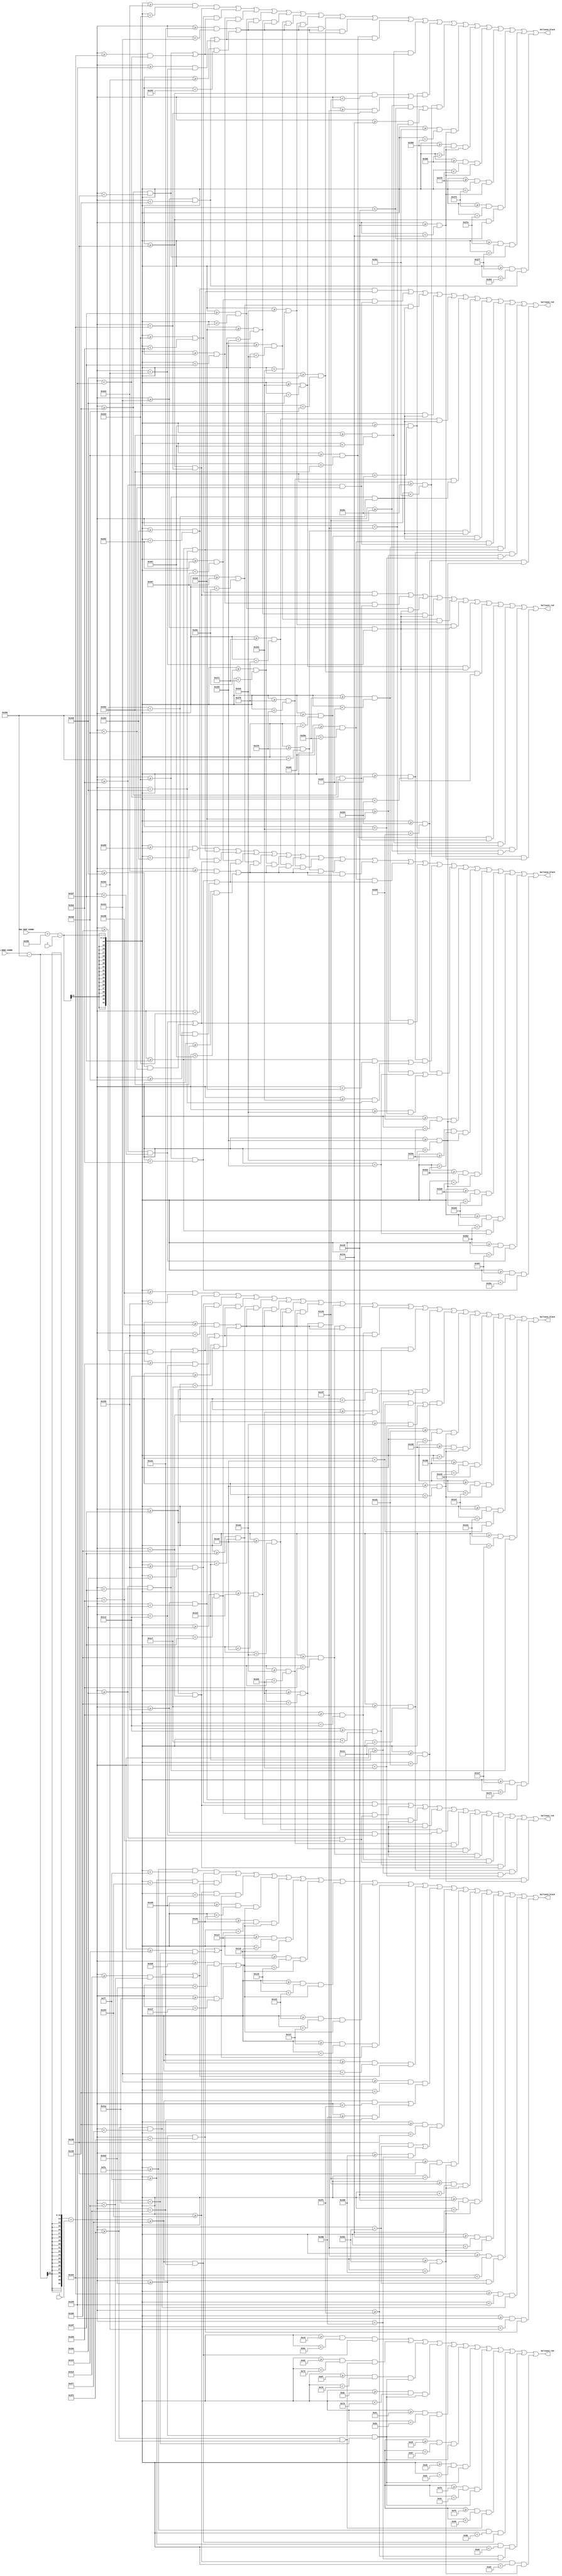
`timescale 1ns / 1ps
//////////////////////////////////////////////////////////////////////////////////
// Company: 
// Engineer: 
// 
// Design Name: 
// Module Name: draw_ballon
// Project Name: 
// Target Devices: 
// Tool Versions: 
// Description: 
// 
// Dependencies: 
// 
// Revision:
// Revision 0.01 - File Created
// Additional Comments:
// 
//////////////////////////////////////////////////////////////////////////////////


module draw_balloon(
    input [11:0] VGA_HORZ_COORD,
    input [11:0] VGA_VERT_COORD,
    input [11:0] i,
    input [11:0] j,
    output balloon1_black,
    output balloon1_red,
    output balloon2_black,
    output balloon2_red,
    output balloon3_black,
    output balloon3_red,
    output balloon4_black,
    output balloon4_red
    );
    
    wire Condition_For_balloon1_black =
    ((VGA_VERT_COORD + 512 - i  >= 400 && VGA_VERT_COORD + 512 - i  < 405) && ((VGA_HORZ_COORD - 640 + j  >= 415 && VGA_HORZ_COORD - 640 + j  < 440))) ||
    ((VGA_VERT_COORD + 512 - i  >= 405 && VGA_VERT_COORD + 512 - i  < 410) && ((VGA_HORZ_COORD - 640 + j  >= 410 && VGA_HORZ_COORD - 640 + j  < 415) || (VGA_HORZ_COORD - 640 + j  >= 440 && VGA_HORZ_COORD - 640 + j  < 445))) ||
    ((VGA_VERT_COORD + 512 - i  >= 410 && VGA_VERT_COORD + 512 - i  < 415) && ((VGA_HORZ_COORD - 640 + j  >= 405 && VGA_HORZ_COORD - 640 + j  < 410) || (VGA_HORZ_COORD - 640 + j  >= 445 && VGA_HORZ_COORD - 640 + j  < 450))) ||
    ((VGA_VERT_COORD + 512 - i  >= 415 && VGA_VERT_COORD + 512 - i  < 420) && ((VGA_HORZ_COORD - 640 + j  >= 400 && VGA_HORZ_COORD - 640 + j  < 405) || (VGA_HORZ_COORD - 640 + j  >= 450 && VGA_HORZ_COORD - 640 + j  < 455))) ||
    ((VGA_VERT_COORD + 512 - i  >= 420 && VGA_VERT_COORD + 512 - i  < 425) && ((VGA_HORZ_COORD - 640 + j  >= 400 && VGA_HORZ_COORD - 640 + j  < 405) || (VGA_HORZ_COORD - 640 + j  >= 450 && VGA_HORZ_COORD - 640 + j  < 455))) ||
    ((VGA_VERT_COORD + 512 - i  >= 425 && VGA_VERT_COORD + 512 - i  < 430) && ((VGA_HORZ_COORD - 640 + j  >= 400 && VGA_HORZ_COORD - 640 + j  < 405) || (VGA_HORZ_COORD - 640 + j  >= 450 && VGA_HORZ_COORD - 640 + j  < 455))) ||
    ((VGA_VERT_COORD + 512 - i  >= 430 && VGA_VERT_COORD + 512 - i  < 435) && ((VGA_HORZ_COORD - 640 + j  >= 400 && VGA_HORZ_COORD - 640 + j  < 405) || (VGA_HORZ_COORD - 640 + j  >= 450 && VGA_HORZ_COORD - 640 + j  < 455))) ||
    ((VGA_VERT_COORD + 512 - i  >= 435 && VGA_VERT_COORD + 512 - i  < 440) && ((VGA_HORZ_COORD - 640 + j  >= 400 && VGA_HORZ_COORD - 640 + j  < 405) || (VGA_HORZ_COORD - 640 + j  >= 450 && VGA_HORZ_COORD - 640 + j  < 455))) ||
    ((VGA_VERT_COORD + 512 - i  >= 440 && VGA_VERT_COORD + 512 - i  < 445) && ((VGA_HORZ_COORD - 640 + j  >= 400 && VGA_HORZ_COORD - 640 + j  < 405) || (VGA_HORZ_COORD - 640 + j  >= 450 && VGA_HORZ_COORD - 640 + j  < 455))) ||
    ((VGA_VERT_COORD + 512 - i  >= 445 && VGA_VERT_COORD + 512 - i  < 450) && ((VGA_HORZ_COORD - 640 + j  >= 405 && VGA_HORZ_COORD - 640 + j  < 410) || (VGA_HORZ_COORD - 640 + j  >= 445 && VGA_HORZ_COORD - 640 + j  < 450))) ||
    ((VGA_VERT_COORD + 512 - i  >= 450 && VGA_VERT_COORD + 512 - i  < 455) && ((VGA_HORZ_COORD - 640 + j  >= 410 && VGA_HORZ_COORD - 640 + j  < 415) || (VGA_HORZ_COORD - 640 + j  >= 440 && VGA_HORZ_COORD - 640 + j  < 445))) ||
    ((VGA_VERT_COORD + 512 - i  >= 455 && VGA_VERT_COORD + 512 - i  < 460) && ((VGA_HORZ_COORD - 640 + j  >= 415 && VGA_HORZ_COORD - 640 + j  < 420) || (VGA_HORZ_COORD - 640 + j  >= 435 && VGA_HORZ_COORD - 640 + j  < 440))) ||
    ((VGA_VERT_COORD + 512 - i  >= 460 && VGA_VERT_COORD + 512 - i  < 465) && ((VGA_HORZ_COORD - 640 + j  >= 420 && VGA_HORZ_COORD - 640 + j  < 425) || (VGA_HORZ_COORD - 640 + j  >= 430 && VGA_HORZ_COORD - 640 + j  < 435))) ||
    ((VGA_VERT_COORD + 512 - i  >= 465 && VGA_VERT_COORD + 512 - i  < 470) && ((VGA_HORZ_COORD - 640 + j  >= 425 && VGA_HORZ_COORD - 640 + j  < 430))) ||
    ((VGA_VERT_COORD + 512 - i  >= 470 && VGA_VERT_COORD + 512 - i  < 475) && ((VGA_HORZ_COORD - 640 + j  >= 425 && VGA_HORZ_COORD - 640 + j  < 430))) ||
    ((VGA_VERT_COORD + 512 - i  >= 475 && VGA_VERT_COORD + 512 - i  < 480) && ((VGA_HORZ_COORD - 640 + j  >= 425 && VGA_HORZ_COORD - 640 + j  < 430))) ||
    ((VGA_VERT_COORD + 512 - i  >= 480 && VGA_VERT_COORD + 512 - i  < 485) && ((VGA_HORZ_COORD - 640 + j  >= 425 && VGA_HORZ_COORD - 640 + j  < 430))) ||
    ((VGA_VERT_COORD + 512 - i  >= 485 && VGA_VERT_COORD + 512 - i  < 490) && ((VGA_HORZ_COORD - 640 + j  >= 415 && VGA_HORZ_COORD - 640 + j  < 425))) ||
    ((VGA_VERT_COORD + 512 - i  >= 490 && VGA_VERT_COORD + 512 - i  < 495) && ((VGA_HORZ_COORD - 640 + j  >= 410 && VGA_HORZ_COORD - 640 + j  < 415))) ||
    ((VGA_VERT_COORD + 512 - i  >= 495 && VGA_VERT_COORD + 512 - i  < 500) && ((VGA_HORZ_COORD - 640 + j  >= 405 && VGA_HORZ_COORD - 640 + j  < 410)));
    
    wire Condition_For_balloon1_red =
    ((VGA_VERT_COORD + 512 - i  >= 405 && VGA_VERT_COORD + 512 - i  < 410) && ((VGA_HORZ_COORD - 640 + j  >= 415 && VGA_HORZ_COORD - 640 + j  < 440))) ||
    ((VGA_VERT_COORD + 512 - i  >= 410 && VGA_VERT_COORD + 512 - i  < 415) && ((VGA_HORZ_COORD - 640 + j  >= 410 && VGA_HORZ_COORD - 640 + j  < 445))) ||
    ((VGA_VERT_COORD + 512 - i  >= 415 && VGA_VERT_COORD + 512 - i  < 420) && ((VGA_HORZ_COORD - 640 + j  >= 405 && VGA_HORZ_COORD - 640 + j  < 450))) ||
    ((VGA_VERT_COORD + 512 - i  >= 420 && VGA_VERT_COORD + 512 - i  < 425) && ((VGA_HORZ_COORD - 640 + j  >= 405 && VGA_HORZ_COORD - 640 + j  < 450))) ||
    ((VGA_VERT_COORD + 512 - i  >= 425 && VGA_VERT_COORD + 512 - i  < 430) && ((VGA_HORZ_COORD - 640 + j  >= 405 && VGA_HORZ_COORD - 640 + j  < 450))) ||
    ((VGA_VERT_COORD + 512 - i  >= 430 && VGA_VERT_COORD + 512 - i  < 435) && ((VGA_HORZ_COORD - 640 + j  >= 405 && VGA_HORZ_COORD - 640 + j  < 450))) ||
    ((VGA_VERT_COORD + 512 - i  >= 435 && VGA_VERT_COORD + 512 - i  < 440) && ((VGA_HORZ_COORD - 640 + j  >= 405 && VGA_HORZ_COORD - 640 + j  < 450))) ||
    ((VGA_VERT_COORD + 512 - i  >= 440 && VGA_VERT_COORD + 512 - i  < 445) && ((VGA_HORZ_COORD - 640 + j  >= 405 && VGA_HORZ_COORD - 640 + j  < 450))) ||
    ((VGA_VERT_COORD + 512 - i  >= 445 && VGA_VERT_COORD + 512 - i  < 450) && ((VGA_HORZ_COORD - 640 + j  >= 410 && VGA_HORZ_COORD - 640 + j  < 445))) ||
    ((VGA_VERT_COORD + 512 - i  >= 450 && VGA_VERT_COORD + 512 - i  < 455) && ((VGA_HORZ_COORD - 640 + j  >= 415 && VGA_HORZ_COORD - 640 + j  < 440))) ||
    ((VGA_VERT_COORD + 512 - i  >= 455 && VGA_VERT_COORD + 512 - i  < 460) && ((VGA_HORZ_COORD - 640 + j  >= 420 && VGA_HORZ_COORD - 640 + j  < 435))) ||
    ((VGA_VERT_COORD + 512 - i  >= 460 && VGA_VERT_COORD + 512 - i  < 465) && ((VGA_HORZ_COORD - 640 + j  >= 425 && VGA_HORZ_COORD - 640 + j  < 430)));
    
    wire Condition_For_balloon2_black =
    ((VGA_VERT_COORD + 512 - i  >= 600 && VGA_VERT_COORD + 512 - i  < 605) && ((VGA_HORZ_COORD - 640 + j  >= 815 && VGA_HORZ_COORD - 640 + j  < 840))) ||
    ((VGA_VERT_COORD + 512 - i  >= 605 && VGA_VERT_COORD + 512 - i  < 610) && ((VGA_HORZ_COORD - 640 + j  >= 810 && VGA_HORZ_COORD - 640 + j  < 815) || (VGA_HORZ_COORD - 640 + j  >= 840 && VGA_HORZ_COORD - 640 + j  < 845))) ||
    ((VGA_VERT_COORD + 512 - i  >= 610 && VGA_VERT_COORD + 512 - i  < 615) && ((VGA_HORZ_COORD - 640 + j  >= 805 && VGA_HORZ_COORD - 640 + j  < 810) || (VGA_HORZ_COORD - 640 + j  >= 845 && VGA_HORZ_COORD - 640 + j  < 850))) ||
    ((VGA_VERT_COORD + 512 - i  >= 615 && VGA_VERT_COORD + 512 - i  < 620) && ((VGA_HORZ_COORD - 640 + j  >= 800 && VGA_HORZ_COORD - 640 + j  < 805) || (VGA_HORZ_COORD - 640 + j  >= 850 && VGA_HORZ_COORD - 640 + j  < 855))) ||
    ((VGA_VERT_COORD + 512 - i  >= 620 && VGA_VERT_COORD + 512 - i  < 625) && ((VGA_HORZ_COORD - 640 + j  >= 800 && VGA_HORZ_COORD - 640 + j  < 805) || (VGA_HORZ_COORD - 640 + j  >= 850 && VGA_HORZ_COORD - 640 + j  < 855))) ||
    ((VGA_VERT_COORD + 512 - i  >= 625 && VGA_VERT_COORD + 512 - i  < 630) && ((VGA_HORZ_COORD - 640 + j  >= 800 && VGA_HORZ_COORD - 640 + j  < 805) || (VGA_HORZ_COORD - 640 + j  >= 850 && VGA_HORZ_COORD - 640 + j  < 855))) ||
    ((VGA_VERT_COORD + 512 - i  >= 630 && VGA_VERT_COORD + 512 - i  < 635) && ((VGA_HORZ_COORD - 640 + j  >= 800 && VGA_HORZ_COORD - 640 + j  < 805) || (VGA_HORZ_COORD - 640 + j  >= 850 && VGA_HORZ_COORD - 640 + j  < 855))) ||
    ((VGA_VERT_COORD + 512 - i  >= 635 && VGA_VERT_COORD + 512 - i  < 640) && ((VGA_HORZ_COORD - 640 + j  >= 800 && VGA_HORZ_COORD - 640 + j  < 805) || (VGA_HORZ_COORD - 640 + j  >= 850 && VGA_HORZ_COORD - 640 + j  < 855))) ||
    ((VGA_VERT_COORD + 512 - i  >= 640 && VGA_VERT_COORD + 512 - i  < 645) && ((VGA_HORZ_COORD - 640 + j  >= 800 && VGA_HORZ_COORD - 640 + j  < 805) || (VGA_HORZ_COORD - 640 + j  >= 850 && VGA_HORZ_COORD - 640 + j  < 855))) ||
    ((VGA_VERT_COORD + 512 - i  >= 645 && VGA_VERT_COORD + 512 - i  < 650) && ((VGA_HORZ_COORD - 640 + j  >= 805 && VGA_HORZ_COORD - 640 + j  < 810) || (VGA_HORZ_COORD - 640 + j  >= 845 && VGA_HORZ_COORD - 640 + j  < 850))) ||
    ((VGA_VERT_COORD + 512 - i  >= 650 && VGA_VERT_COORD + 512 - i  < 655) && ((VGA_HORZ_COORD - 640 + j  >= 810 && VGA_HORZ_COORD - 640 + j  < 815) || (VGA_HORZ_COORD - 640 + j  >= 840 && VGA_HORZ_COORD - 640 + j  < 845))) ||
    ((VGA_VERT_COORD + 512 - i  >= 655 && VGA_VERT_COORD + 512 - i  < 660) && ((VGA_HORZ_COORD - 640 + j  >= 815 && VGA_HORZ_COORD - 640 + j  < 820) || (VGA_HORZ_COORD - 640 + j  >= 835 && VGA_HORZ_COORD - 640 + j  < 840))) ||
    ((VGA_VERT_COORD + 512 - i  >= 660 && VGA_VERT_COORD + 512 - i  < 665) && ((VGA_HORZ_COORD - 640 + j  >= 820 && VGA_HORZ_COORD - 640 + j  < 825) || (VGA_HORZ_COORD - 640 + j  >= 830 && VGA_HORZ_COORD - 640 + j  < 835))) ||
    ((VGA_VERT_COORD + 512 - i  >= 665 && VGA_VERT_COORD + 512 - i  < 670) && ((VGA_HORZ_COORD - 640 + j  >= 825 && VGA_HORZ_COORD - 640 + j  < 830))) ||
    ((VGA_VERT_COORD + 512 - i  >= 670 && VGA_VERT_COORD + 512 - i  < 675) && ((VGA_HORZ_COORD - 640 + j  >= 825 && VGA_HORZ_COORD - 640 + j  < 830))) ||
    ((VGA_VERT_COORD + 512 - i  >= 675 && VGA_VERT_COORD + 512 - i  < 680) && ((VGA_HORZ_COORD - 640 + j  >= 825 && VGA_HORZ_COORD - 640 + j  < 830))) ||
    ((VGA_VERT_COORD + 512 - i  >= 680 && VGA_VERT_COORD + 512 - i  < 685) && ((VGA_HORZ_COORD - 640 + j  >= 825 && VGA_HORZ_COORD - 640 + j  < 830))) ||
    ((VGA_VERT_COORD + 512 - i  >= 685 && VGA_VERT_COORD + 512 - i  < 690) && ((VGA_HORZ_COORD - 640 + j  >= 815 && VGA_HORZ_COORD - 640 + j  < 825))) ||
    ((VGA_VERT_COORD + 512 - i  >= 690 && VGA_VERT_COORD + 512 - i  < 695) && ((VGA_HORZ_COORD - 640 + j  >= 810 && VGA_HORZ_COORD - 640 + j  < 815))) ||
    ((VGA_VERT_COORD + 512 - i  >= 695 && VGA_VERT_COORD + 512 - i  < 700) && ((VGA_HORZ_COORD - 640 + j  >= 805 && VGA_HORZ_COORD - 640 + j  < 810)));
    
    wire Condition_For_balloon2_red =
    ((VGA_VERT_COORD + 512 - i  >= 605 && VGA_VERT_COORD + 512 - i  < 610) && ((VGA_HORZ_COORD - 640 + j  >= 815 && VGA_HORZ_COORD - 640 + j  < 840))) ||
    ((VGA_VERT_COORD + 512 - i  >= 610 && VGA_VERT_COORD + 512 - i  < 615) && ((VGA_HORZ_COORD - 640 + j  >= 810 && VGA_HORZ_COORD - 640 + j  < 845))) ||
    ((VGA_VERT_COORD + 512 - i  >= 615 && VGA_VERT_COORD + 512 - i  < 620) && ((VGA_HORZ_COORD - 640 + j  >= 805 && VGA_HORZ_COORD - 640 + j  < 850))) ||
    ((VGA_VERT_COORD + 512 - i  >= 620 && VGA_VERT_COORD + 512 - i  < 625) && ((VGA_HORZ_COORD - 640 + j  >= 805 && VGA_HORZ_COORD - 640 + j  < 850))) ||
    ((VGA_VERT_COORD + 512 - i  >= 625 && VGA_VERT_COORD + 512 - i  < 630) && ((VGA_HORZ_COORD - 640 + j  >= 805 && VGA_HORZ_COORD - 640 + j  < 850))) ||
    ((VGA_VERT_COORD + 512 - i  >= 630 && VGA_VERT_COORD + 512 - i  < 635) && ((VGA_HORZ_COORD - 640 + j  >= 805 && VGA_HORZ_COORD - 640 + j  < 850))) ||
    ((VGA_VERT_COORD + 512 - i  >= 635 && VGA_VERT_COORD + 512 - i  < 640) && ((VGA_HORZ_COORD - 640 + j  >= 805 && VGA_HORZ_COORD - 640 + j  < 850))) ||
    ((VGA_VERT_COORD + 512 - i  >= 640 && VGA_VERT_COORD + 512 - i  < 645) && ((VGA_HORZ_COORD - 640 + j  >= 805 && VGA_HORZ_COORD - 640 + j  < 850))) ||
    ((VGA_VERT_COORD + 512 - i  >= 645 && VGA_VERT_COORD + 512 - i  < 650) && ((VGA_HORZ_COORD - 640 + j  >= 810 && VGA_HORZ_COORD - 640 + j  < 845))) ||
    ((VGA_VERT_COORD + 512 - i  >= 650 && VGA_VERT_COORD + 512 - i  < 655) && ((VGA_HORZ_COORD - 640 + j  >= 815 && VGA_HORZ_COORD - 640 + j  < 840))) ||
    ((VGA_VERT_COORD + 512 - i  >= 655 && VGA_VERT_COORD + 512 - i  < 660) && ((VGA_HORZ_COORD - 640 + j  >= 820 && VGA_HORZ_COORD - 640 + j  < 835))) ||
    ((VGA_VERT_COORD + 512 - i  >= 660 && VGA_VERT_COORD + 512 - i  < 665) && ((VGA_HORZ_COORD - 640 + j  >= 825 && VGA_HORZ_COORD - 640 + j  < 830)));
    
    
    wire Condition_For_balloon3_black =
    ((VGA_VERT_COORD + 512 - i >= 250 && VGA_VERT_COORD + 512 - i < 255) && ((VGA_HORZ_COORD - 640 + j >= 1015 && VGA_HORZ_COORD - 640 + j < 1040))) ||
    ((VGA_VERT_COORD + 512 - i >= 255 && VGA_VERT_COORD + 512 - i < 260) && ((VGA_HORZ_COORD - 640 + j >= 1010 && VGA_HORZ_COORD - 640 + j < 1015) || (VGA_HORZ_COORD - 640 + j >= 1040 && VGA_HORZ_COORD - 640 + j < 1045))) ||
    ((VGA_VERT_COORD + 512 - i >= 260 && VGA_VERT_COORD + 512 - i < 265) && ((VGA_HORZ_COORD - 640 + j >= 1005 && VGA_HORZ_COORD - 640 + j < 1010) || (VGA_HORZ_COORD - 640 + j >= 1045 && VGA_HORZ_COORD - 640 + j < 1050))) ||
    ((VGA_VERT_COORD + 512 - i >= 265 && VGA_VERT_COORD + 512 - i < 270) && ((VGA_HORZ_COORD - 640 + j >= 1000 && VGA_HORZ_COORD - 640 + j < 1005) || (VGA_HORZ_COORD - 640 + j >= 1050 && VGA_HORZ_COORD - 640 + j < 1055))) ||
    ((VGA_VERT_COORD + 512 - i >= 270 && VGA_VERT_COORD + 512 - i < 275) && ((VGA_HORZ_COORD - 640 + j >= 1000 && VGA_HORZ_COORD - 640 + j < 1005) || (VGA_HORZ_COORD - 640 + j >= 1050 && VGA_HORZ_COORD - 640 + j < 1055))) ||
    ((VGA_VERT_COORD + 512 - i >= 275 && VGA_VERT_COORD + 512 - i < 280) && ((VGA_HORZ_COORD - 640 + j >= 1000 && VGA_HORZ_COORD - 640 + j < 1005) || (VGA_HORZ_COORD - 640 + j >= 1050 && VGA_HORZ_COORD - 640 + j < 1055))) ||
    ((VGA_VERT_COORD + 512 - i >= 280 && VGA_VERT_COORD + 512 - i < 285) && ((VGA_HORZ_COORD - 640 + j >= 1000 && VGA_HORZ_COORD - 640 + j < 1005) || (VGA_HORZ_COORD - 640 + j >= 1050 && VGA_HORZ_COORD - 640 + j < 1055))) ||
    ((VGA_VERT_COORD + 512 - i >= 285 && VGA_VERT_COORD + 512 - i < 290) && ((VGA_HORZ_COORD - 640 + j >= 1000 && VGA_HORZ_COORD - 640 + j < 1005) || (VGA_HORZ_COORD - 640 + j >= 1050 && VGA_HORZ_COORD - 640 + j < 1055))) ||
    ((VGA_VERT_COORD + 512 - i >= 290 && VGA_VERT_COORD + 512 - i < 295) && ((VGA_HORZ_COORD - 640 + j >= 1000 && VGA_HORZ_COORD - 640 + j < 1005) || (VGA_HORZ_COORD - 640 + j >= 1050 && VGA_HORZ_COORD - 640 + j < 1055))) ||
    ((VGA_VERT_COORD + 512 - i >= 295 && VGA_VERT_COORD + 512 - i < 300) && ((VGA_HORZ_COORD - 640 + j >= 1005 && VGA_HORZ_COORD - 640 + j < 1010) || (VGA_HORZ_COORD - 640 + j >= 1045 && VGA_HORZ_COORD - 640 + j < 1050))) ||
    ((VGA_VERT_COORD + 512 - i >= 300 && VGA_VERT_COORD + 512 - i < 305) && ((VGA_HORZ_COORD - 640 + j >= 1010 && VGA_HORZ_COORD - 640 + j < 1015) || (VGA_HORZ_COORD - 640 + j >= 1040 && VGA_HORZ_COORD - 640 + j < 1045))) ||
    ((VGA_VERT_COORD + 512 - i >= 305 && VGA_VERT_COORD + 512 - i < 310) && ((VGA_HORZ_COORD - 640 + j >= 1015 && VGA_HORZ_COORD - 640 + j < 1020) || (VGA_HORZ_COORD - 640 + j >= 1035 && VGA_HORZ_COORD - 640 + j < 1040))) ||
    ((VGA_VERT_COORD + 512 - i >= 310 && VGA_VERT_COORD + 512 - i < 315) && ((VGA_HORZ_COORD - 640 + j >= 1020 && VGA_HORZ_COORD - 640 + j < 1025) || (VGA_HORZ_COORD - 640 + j >= 1030 && VGA_HORZ_COORD - 640 + j < 1035))) ||
    ((VGA_VERT_COORD + 512 - i >= 315 && VGA_VERT_COORD + 512 - i < 320) && ((VGA_HORZ_COORD - 640 + j >= 1025 && VGA_HORZ_COORD - 640 + j < 1030))) ||
    ((VGA_VERT_COORD + 512 - i >= 320 && VGA_VERT_COORD + 512 - i < 325) && ((VGA_HORZ_COORD - 640 + j >= 1025 && VGA_HORZ_COORD - 640 + j < 1030))) ||
    ((VGA_VERT_COORD + 512 - i >= 325 && VGA_VERT_COORD + 512 - i < 330) && ((VGA_HORZ_COORD - 640 + j >= 1025 && VGA_HORZ_COORD - 640 + j < 1030))) ||
    ((VGA_VERT_COORD + 512 - i >= 330 && VGA_VERT_COORD + 512 - i < 335) && ((VGA_HORZ_COORD - 640 + j >= 1025 && VGA_HORZ_COORD - 640 + j < 1030))) ||
    ((VGA_VERT_COORD + 512 - i >= 335 && VGA_VERT_COORD + 512 - i < 340) && ((VGA_HORZ_COORD - 640 + j >= 1015 && VGA_HORZ_COORD - 640 + j < 1025))) ||
    ((VGA_VERT_COORD + 512 - i >= 340 && VGA_VERT_COORD + 512 - i < 345) && ((VGA_HORZ_COORD - 640 + j >= 1010 && VGA_HORZ_COORD - 640 + j < 1015))) ||
    ((VGA_VERT_COORD + 512 - i >= 345 && VGA_VERT_COORD + 512 - i < 350) && ((VGA_HORZ_COORD - 640 + j >= 1005 && VGA_HORZ_COORD - 640 + j < 1010)));
    
    wire Condition_For_balloon3_red =
    ((VGA_VERT_COORD + 512 - i >= 205 && VGA_VERT_COORD + 512 - i < 110) && ((VGA_HORZ_COORD - 640 + j >= 1015 && VGA_HORZ_COORD - 640 + j < 1040))) ||
    ((VGA_VERT_COORD + 512 - i >= 210 && VGA_VERT_COORD + 512 - i < 115) && ((VGA_HORZ_COORD - 640 + j >= 1010 && VGA_HORZ_COORD - 640 + j < 1045))) ||
    ((VGA_VERT_COORD + 512 - i >= 215 && VGA_VERT_COORD + 512 - i < 120) && ((VGA_HORZ_COORD - 640 + j >= 1005 && VGA_HORZ_COORD - 640 + j < 1050))) ||
    ((VGA_VERT_COORD + 512 - i >= 220 && VGA_VERT_COORD + 512 - i < 125) && ((VGA_HORZ_COORD - 640 + j >= 1005 && VGA_HORZ_COORD - 640 + j < 1050))) ||
    ((VGA_VERT_COORD + 512 - i >= 225 && VGA_VERT_COORD + 512 - i < 130) && ((VGA_HORZ_COORD - 640 + j >= 1005 && VGA_HORZ_COORD - 640 + j < 1050))) ||
    ((VGA_VERT_COORD + 512 - i >= 230 && VGA_VERT_COORD + 512 - i < 135) && ((VGA_HORZ_COORD - 640 + j >= 1005 && VGA_HORZ_COORD - 640 + j < 1050))) ||
    ((VGA_VERT_COORD + 512 - i >= 235 && VGA_VERT_COORD + 512 - i < 140) && ((VGA_HORZ_COORD - 640 + j >= 1005 && VGA_HORZ_COORD - 640 + j < 1050))) ||
    ((VGA_VERT_COORD + 512 - i >= 240 && VGA_VERT_COORD + 512 - i < 145) && ((VGA_HORZ_COORD - 640 + j >= 1005 && VGA_HORZ_COORD - 640 + j < 1050))) ||
    ((VGA_VERT_COORD + 512 - i >= 245 && VGA_VERT_COORD + 512 - i < 150) && ((VGA_HORZ_COORD - 640 + j >= 1010 && VGA_HORZ_COORD - 640 + j < 1045))) ||
    ((VGA_VERT_COORD + 512 - i >= 250 && VGA_VERT_COORD + 512 - i < 155) && ((VGA_HORZ_COORD - 640 + j >= 1015 && VGA_HORZ_COORD - 640 + j < 1040))) ||
    ((VGA_VERT_COORD + 512 - i >= 255 && VGA_VERT_COORD + 512 - i < 160) && ((VGA_HORZ_COORD - 640 + j >= 1020 && VGA_HORZ_COORD - 640 + j < 1035))) ||
    ((VGA_VERT_COORD + 512 - i >= 260 && VGA_VERT_COORD + 512 - i < 165) && ((VGA_HORZ_COORD - 640 + j >= 1025 && VGA_HORZ_COORD - 640 + j < 1030)));
    
    wire Condition_For_balloon4_black =
    ((VGA_VERT_COORD + 512 - i >= 800 && VGA_VERT_COORD + 512 - i < 805) && ((VGA_HORZ_COORD - 640 + j >= 315 && VGA_HORZ_COORD - 640 + j < 340))) ||
    ((VGA_VERT_COORD + 512 - i >= 805 && VGA_VERT_COORD + 512 - i < 810) && ((VGA_HORZ_COORD - 640 + j >= 310 && VGA_HORZ_COORD - 640 + j < 315) || (VGA_HORZ_COORD - 640 + j >= 340 && VGA_HORZ_COORD - 640 + j < 345))) ||
    ((VGA_VERT_COORD + 512 - i >= 810 && VGA_VERT_COORD + 512 - i < 815) && ((VGA_HORZ_COORD - 640 + j >= 305 && VGA_HORZ_COORD - 640 + j < 310) || (VGA_HORZ_COORD - 640 + j >= 345 && VGA_HORZ_COORD - 640 + j < 350))) ||
    ((VGA_VERT_COORD + 512 - i >= 815 && VGA_VERT_COORD + 512 - i < 820) && ((VGA_HORZ_COORD - 640 + j >= 300 && VGA_HORZ_COORD - 640 + j < 305) || (VGA_HORZ_COORD - 640 + j >= 350 && VGA_HORZ_COORD - 640 + j < 355))) ||
    ((VGA_VERT_COORD + 512 - i >= 820 && VGA_VERT_COORD + 512 - i < 825) && ((VGA_HORZ_COORD - 640 + j >= 300 && VGA_HORZ_COORD - 640 + j < 305) || (VGA_HORZ_COORD - 640 + j >= 350 && VGA_HORZ_COORD - 640 + j < 355))) ||
    ((VGA_VERT_COORD + 512 - i >= 825 && VGA_VERT_COORD + 512 - i < 830) && ((VGA_HORZ_COORD - 640 + j >= 300 && VGA_HORZ_COORD - 640 + j < 305) || (VGA_HORZ_COORD - 640 + j >= 350 && VGA_HORZ_COORD - 640 + j < 355))) ||
    ((VGA_VERT_COORD + 512 - i >= 830 && VGA_VERT_COORD + 512 - i < 835) && ((VGA_HORZ_COORD - 640 + j >= 300 && VGA_HORZ_COORD - 640 + j < 305) || (VGA_HORZ_COORD - 640 + j >= 350 && VGA_HORZ_COORD - 640 + j < 355))) ||
    ((VGA_VERT_COORD + 512 - i >= 835 && VGA_VERT_COORD + 512 - i < 840) && ((VGA_HORZ_COORD - 640 + j >= 300 && VGA_HORZ_COORD - 640 + j < 305) || (VGA_HORZ_COORD - 640 + j >= 350 && VGA_HORZ_COORD - 640 + j < 355))) ||
    ((VGA_VERT_COORD + 512 - i >= 840 && VGA_VERT_COORD + 512 - i < 845) && ((VGA_HORZ_COORD - 640 + j >= 300 && VGA_HORZ_COORD - 640 + j < 305) || (VGA_HORZ_COORD - 640 + j >= 350 && VGA_HORZ_COORD - 640 + j < 355))) ||
    ((VGA_VERT_COORD + 512 - i >= 845 && VGA_VERT_COORD + 512 - i < 850) && ((VGA_HORZ_COORD - 640 + j >= 305 && VGA_HORZ_COORD - 640 + j < 310) || (VGA_HORZ_COORD - 640 + j >= 345 && VGA_HORZ_COORD - 640 + j < 350))) ||
    ((VGA_VERT_COORD + 512 - i >= 850 && VGA_VERT_COORD + 512 - i < 855) && ((VGA_HORZ_COORD - 640 + j >= 310 && VGA_HORZ_COORD - 640 + j < 315) || (VGA_HORZ_COORD - 640 + j >= 340 && VGA_HORZ_COORD - 640 + j < 345))) ||
    ((VGA_VERT_COORD + 512 - i >= 855 && VGA_VERT_COORD + 512 - i < 860) && ((VGA_HORZ_COORD - 640 + j >= 315 && VGA_HORZ_COORD - 640 + j < 320) || (VGA_HORZ_COORD - 640 + j >= 335 && VGA_HORZ_COORD - 640 + j < 340))) ||
    ((VGA_VERT_COORD + 512 - i >= 860 && VGA_VERT_COORD + 512 - i < 865) && ((VGA_HORZ_COORD - 640 + j >= 320 && VGA_HORZ_COORD - 640 + j < 325) || (VGA_HORZ_COORD - 640 + j >= 330 && VGA_HORZ_COORD - 640 + j < 335))) ||
    ((VGA_VERT_COORD + 512 - i >= 865 && VGA_VERT_COORD + 512 - i < 870) && ((VGA_HORZ_COORD - 640 + j >= 325 && VGA_HORZ_COORD - 640 + j < 330))) ||
    ((VGA_VERT_COORD + 512 - i >= 870 && VGA_VERT_COORD + 512 - i < 875) && ((VGA_HORZ_COORD - 640 + j >= 325 && VGA_HORZ_COORD - 640 + j < 330))) ||
    ((VGA_VERT_COORD + 512 - i >= 875 && VGA_VERT_COORD + 512 - i < 880) && ((VGA_HORZ_COORD - 640 + j >= 325 && VGA_HORZ_COORD - 640 + j < 330))) ||
    ((VGA_VERT_COORD + 512 - i >= 880 && VGA_VERT_COORD + 512 - i < 885) && ((VGA_HORZ_COORD - 640 + j >= 325 && VGA_HORZ_COORD - 640 + j < 330))) ||
    ((VGA_VERT_COORD + 512 - i >= 885 && VGA_VERT_COORD + 512 - i < 890) && ((VGA_HORZ_COORD - 640 + j >= 315 && VGA_HORZ_COORD - 640 + j < 325))) ||
    ((VGA_VERT_COORD + 512 - i >= 890 && VGA_VERT_COORD + 512 - i < 895) && ((VGA_HORZ_COORD - 640 + j >= 310 && VGA_HORZ_COORD - 640 + j < 315))) ||
    ((VGA_VERT_COORD + 512 - i >= 895 && VGA_VERT_COORD + 512 - i < 900) && ((VGA_HORZ_COORD - 640 + j >= 305 && VGA_HORZ_COORD - 640 + j < 310)));
    
    wire Condition_For_balloon4_red =
    ((VGA_VERT_COORD + 512 - i >= 805 && VGA_VERT_COORD + 512 - i < 810) && ((VGA_HORZ_COORD - 640 + j >= 315 && VGA_HORZ_COORD - 640 + j < 340))) ||
    ((VGA_VERT_COORD + 512 - i >= 810 && VGA_VERT_COORD + 512 - i < 815) && ((VGA_HORZ_COORD - 640 + j >= 310 && VGA_HORZ_COORD - 640 + j < 345))) ||
    ((VGA_VERT_COORD + 512 - i >= 815 && VGA_VERT_COORD + 512 - i < 820) && ((VGA_HORZ_COORD - 640 + j >= 305 && VGA_HORZ_COORD - 640 + j < 350))) ||
    ((VGA_VERT_COORD + 512 - i >= 820 && VGA_VERT_COORD + 512 - i < 825) && ((VGA_HORZ_COORD - 640 + j >= 305 && VGA_HORZ_COORD - 640 + j < 350))) ||
    ((VGA_VERT_COORD + 512 - i >= 825 && VGA_VERT_COORD + 512 - i < 830) && ((VGA_HORZ_COORD - 640 + j >= 305 && VGA_HORZ_COORD - 640 + j < 350))) ||
    ((VGA_VERT_COORD + 512 - i >= 830 && VGA_VERT_COORD + 512 - i < 835) && ((VGA_HORZ_COORD - 640 + j >= 305 && VGA_HORZ_COORD - 640 + j < 350))) ||
    ((VGA_VERT_COORD + 512 - i >= 835 && VGA_VERT_COORD + 512 - i < 840) && ((VGA_HORZ_COORD - 640 + j >= 305 && VGA_HORZ_COORD - 640 + j < 350))) ||
    ((VGA_VERT_COORD + 512 - i >= 840 && VGA_VERT_COORD + 512 - i < 845) && ((VGA_HORZ_COORD - 640 + j >= 305 && VGA_HORZ_COORD - 640 + j < 350))) ||
    ((VGA_VERT_COORD + 512 - i >= 845 && VGA_VERT_COORD + 512 - i < 850) && ((VGA_HORZ_COORD - 640 + j >= 310 && VGA_HORZ_COORD - 640 + j < 345))) ||
    ((VGA_VERT_COORD + 512 - i >= 850 && VGA_VERT_COORD + 512 - i < 855) && ((VGA_HORZ_COORD - 640 + j >= 315 && VGA_HORZ_COORD - 640 + j < 340))) ||
    ((VGA_VERT_COORD + 512 - i >= 855 && VGA_VERT_COORD + 512 - i < 860) && ((VGA_HORZ_COORD - 640 + j >= 320 && VGA_HORZ_COORD - 640 + j < 335))) ||
    ((VGA_VERT_COORD + 512 - i >= 860 && VGA_VERT_COORD + 512 - i < 865) && ((VGA_HORZ_COORD - 640 + j >= 325 && VGA_HORZ_COORD - 640 + j < 330)));
    
    assign balloon1_black = Condition_For_balloon1_black;
    assign balloon1_red = Condition_For_balloon1_red;
    assign balloon2_black = Condition_For_balloon2_black;
    assign balloon2_red = Condition_For_balloon2_red;
    assign balloon3_black = Condition_For_balloon3_black;
    assign balloon3_red = Condition_For_balloon3_red;
    assign balloon4_black = Condition_For_balloon4_black;
    assign balloon4_red = Condition_For_balloon4_red;
    
endmodule